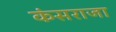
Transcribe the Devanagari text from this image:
कंसराजा